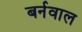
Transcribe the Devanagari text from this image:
बर्नवाल